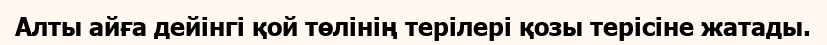
Алты айға дейінгі қой төлінің терілері қозы терісіне жатады.